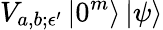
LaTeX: V_{a,b;\epsilon^{\prime}}\left|0^{m}\right\rangle\left|\psi\right\rangle